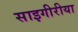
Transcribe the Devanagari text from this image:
साइगीरीया